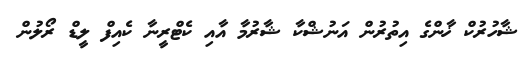
ޝާހުރުކް ޚާންގެ އިތުރުން އަނުޝްކާ ޝާރުމާ އާއި ކެޓްރީނާ ކެއިފް ލީޑް ރޯލުން